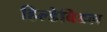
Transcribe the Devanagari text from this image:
हिल्डेबिडल